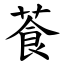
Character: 䓹